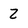
Character: 2